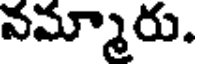
వమ్మారు.